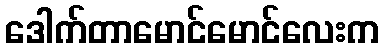
ဒေါက်တာမောင်မောင်လေးက